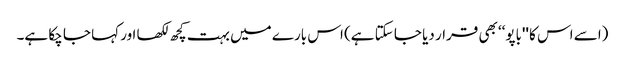
(اسے اس کا ''باپو‘‘ بھی قرار دیا جا سکتا ہے) اس بارے میں بہت کچھ لکھا اور کہا جا چکا ہے۔